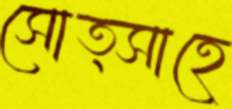
সোত্সাহে